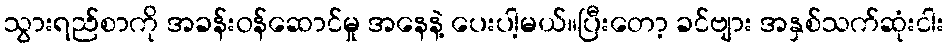
သွားရည်စာကို အခန်းဝန်ဆောင်မှု အနေနဲ့ ပေးပါ့မယ်။ပြီးတော့ ခင်ဗျား အနှစ်သက်ဆုံးငါး